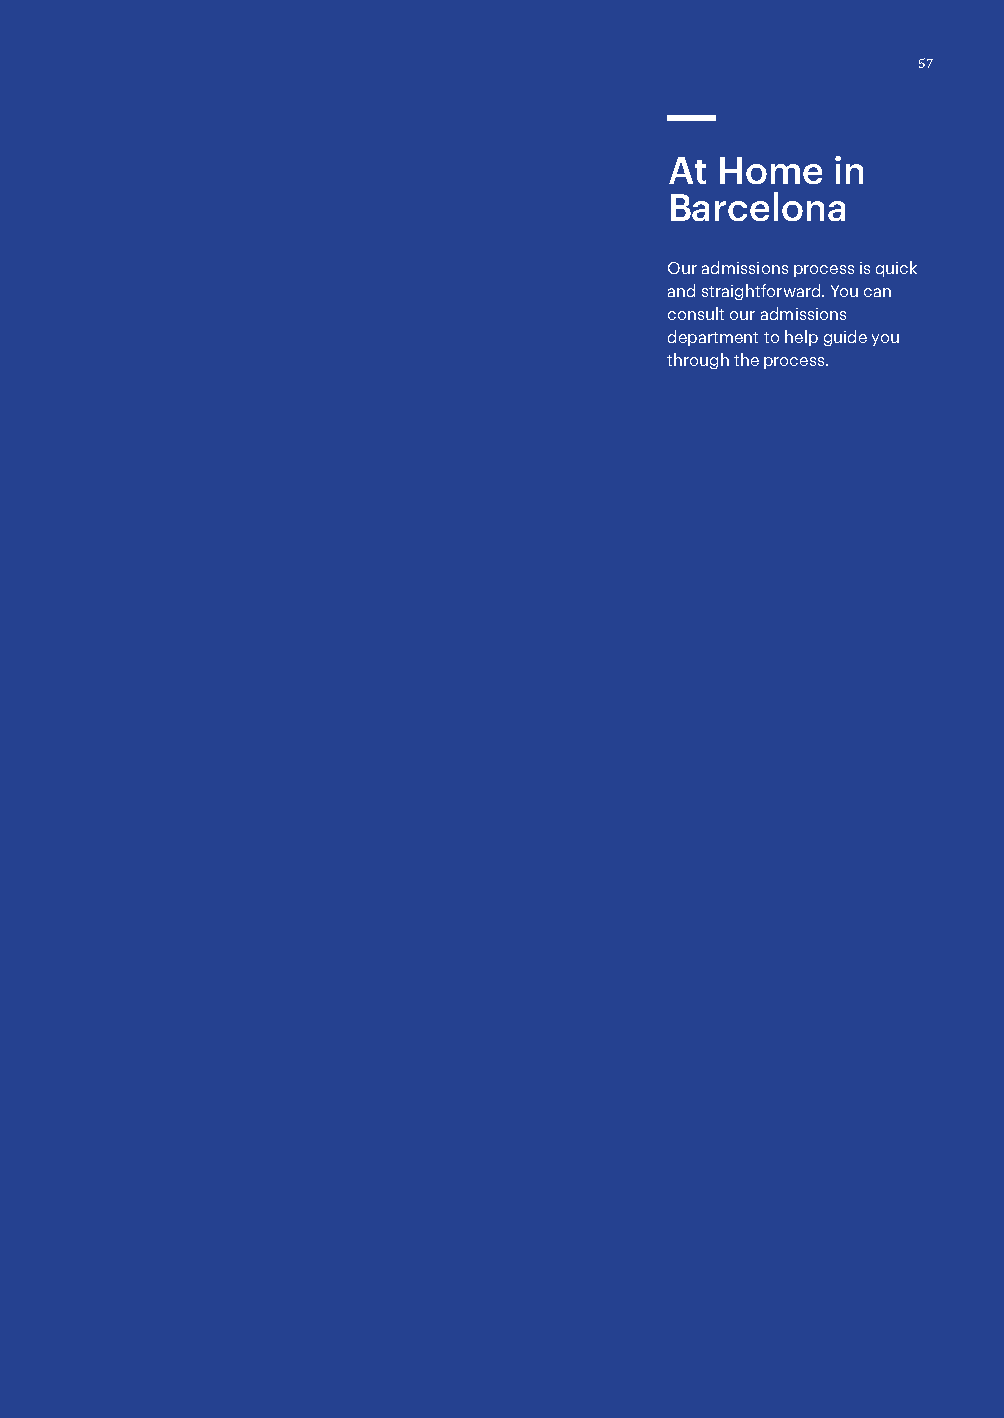
5577
 At Home    in
 Barcelona
 Our admissions process is quick
 and straightforward. You can
 consult our admissions
 department to help guide you
 through the process.